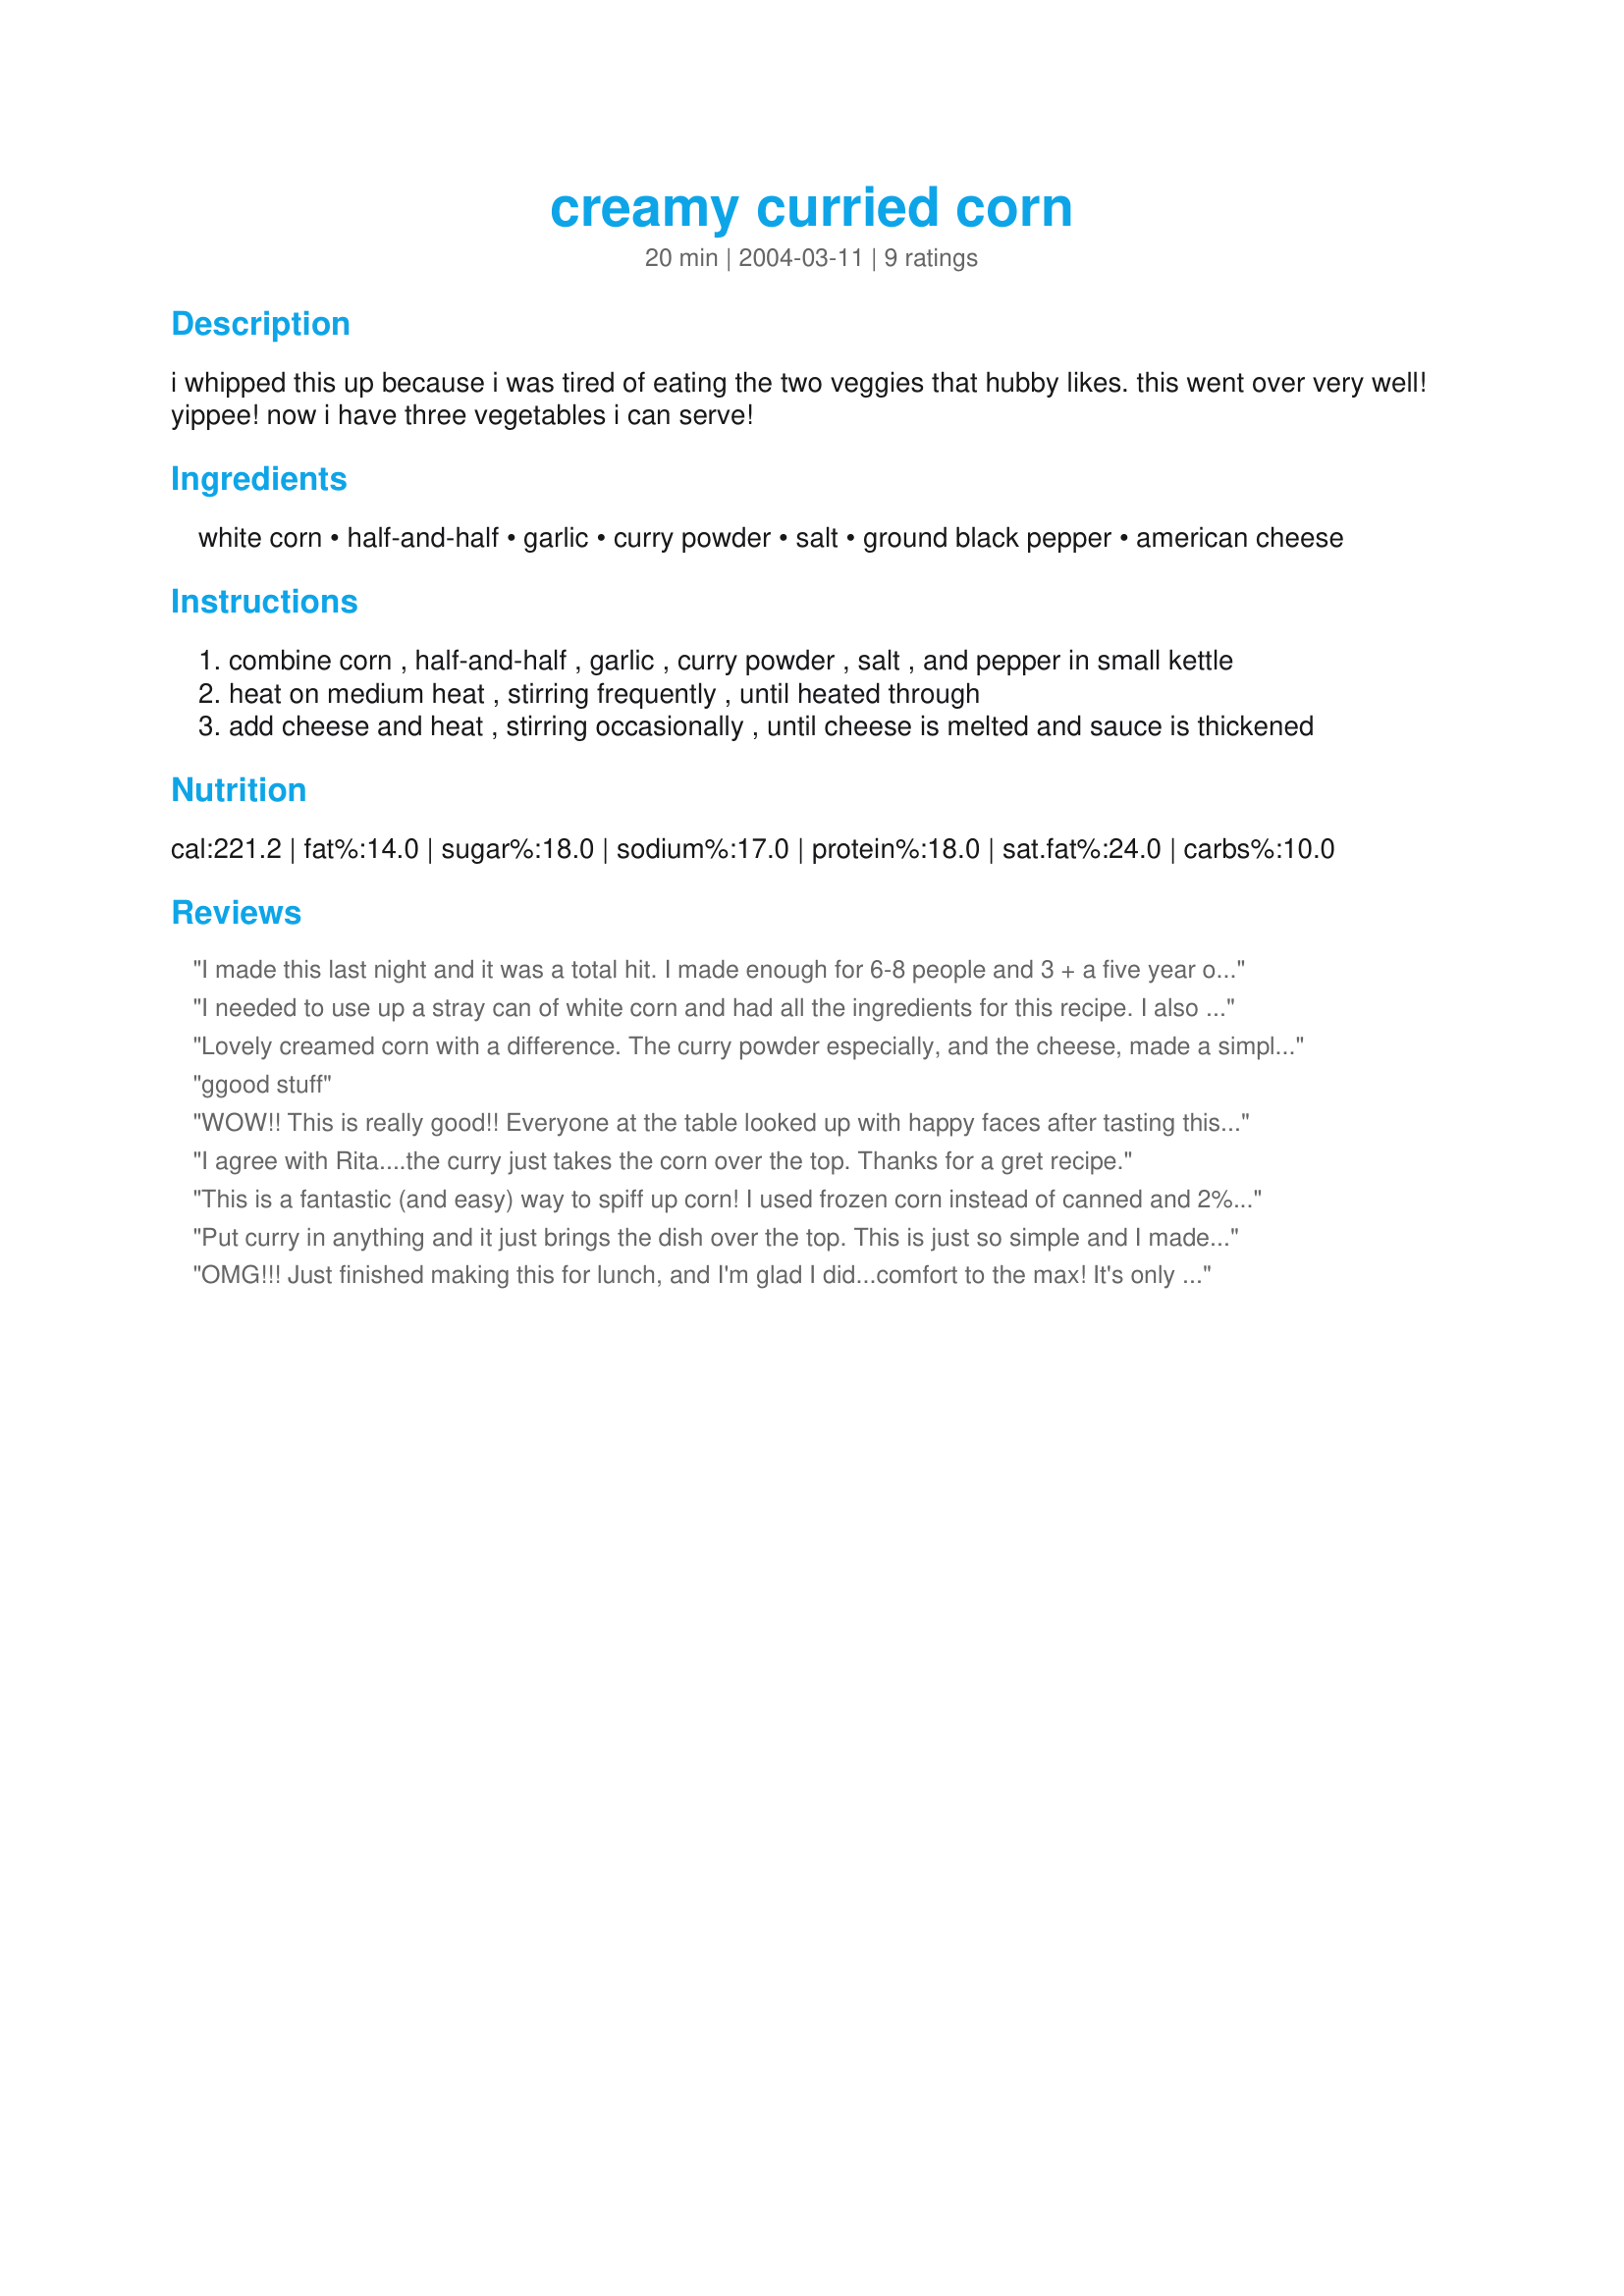
creamy curried corn
Preparation time: 20 minutes

i whipped this up because i was tired of eating the two veggies that hubby likes. this went over very well! yippee! now i have three vegetables i can serve!

Ingredients:
white corn, half-and-half, garlic, curry powder, salt, ground black pepper, american cheese

Steps:
combine corn , half-and-half , garlic , curry powder , salt , and pepper in small kettle
heat on medium heat , stirring frequently , until heated through
add cheese and heat , stirring occasionally , until cheese is melted and sauce is thickened

Reviews:
I made this last night and it was a total hit. I made enough for 6-8 people and 3 + a five year old people killed the whole thing off! I am making it again tonight with some rice. Mmmmmm! Thanks for posting.
I needed to use up a stray can of white corn and had all the ingredients for this recipe. I also think that the use of curry brought the corn to a whole other level! I will make this again! My 6 yr old went crazy over it:)
Lovely creamed corn with a difference. The curry powder especially, and the cheese, made a simple comfort food into something quite special. I am grateful you posted this!
ggood stuff
WOW!! This is really good!! Everyone at the table looked up with happy faces after tasting this!! It's definitely not your usual side dish!! Thanks luninlif2k - I'll be making this again and again!!
I agree with Rita....the curry just takes the corn over the top. Thanks for a gret recipe.
This is a fantastic (and easy) way to spiff up corn! I used frozen corn instead of canned and 2% milk instead of half and half. All the flavors went very well together. It's quite kid-friendly, too. I'll use this recipe again for sure. Thanx!
Put curry in anything and it just brings the dish over the top. This is just so simple and I made it even simpler. I placed all the ingredients using frozen corn in a microwave safe dish and cooked for 4 minutes and walla it was ready to serve. 
Thanks!
OMG!!! Just finished making this for lunch, and I'm glad I did...comfort to the max! It's only about 10 mins from opening the can to bowling-up. While preparing this, I thought "oh, I can eat all this in one sitting"...not true. The finished product is SOOOO rich, it will fill you up before you realize it. Of coure, I did pair it with a chunk of buttered french bread. I can't wait till dinner when I'll have another helping, and will add crispy bacon crumbles to the top. The only change I made was to use whole evaporated milk for the 1/2 'n 1/2. This is excessively easy and terminally delicious....right into my "faves" cookbook it went. Thanks for sharing!
